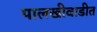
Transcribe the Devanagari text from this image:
पालखीवाडीत